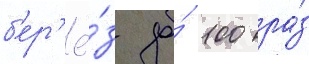
б'ер'ё́з до́ 100 ра́з